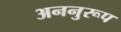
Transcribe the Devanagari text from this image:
अननुरूप